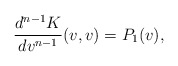
\begin{align*} \frac{d^{n-1}K}{dv^{n-1}}(v,v)=P_1(v),\end{align*}